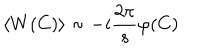
\langle W ( C ) \rangle \sim - i \frac { 2 \pi } { s } \varphi ( C )